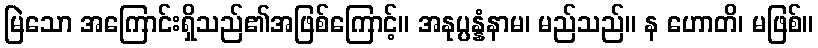
မြဲသော အကြောင်းရှိသည်၏အဖြစ်ကြောင့်။ အနုပ္ပန္နံနာမ၊ မည်သည်။ န ဟောတိ၊ မဖြစ်။